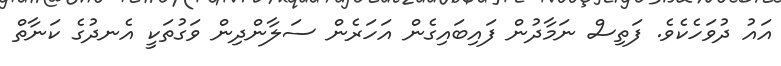
އައު ދުވަހެކެވެ. ފަތިސް ނަމާދުން ފައިބައިގެން އަހަރެން ސަލާންދިން ވަގުތަކީ އެނދުގެ ކަނާތް